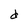
Character: d